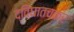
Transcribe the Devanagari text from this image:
द्विघातचक्र